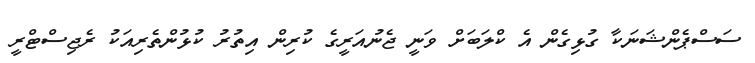
ސަސްޕެންޝަނަކާ ގުޅިގެން އެ ކްލަބަށް ވަނީ ޖެނުއަރީގެ ކުރިން އިތުރު ކުޅުންތެރިއަކު ރެޖިސްޓްރީ